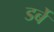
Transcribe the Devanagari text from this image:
डर्बे